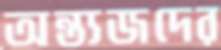
অন্ত্যজদের